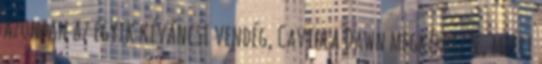
azonban az egyik kíváncsi vendég, Caviola Dawn megkérdezte, miért